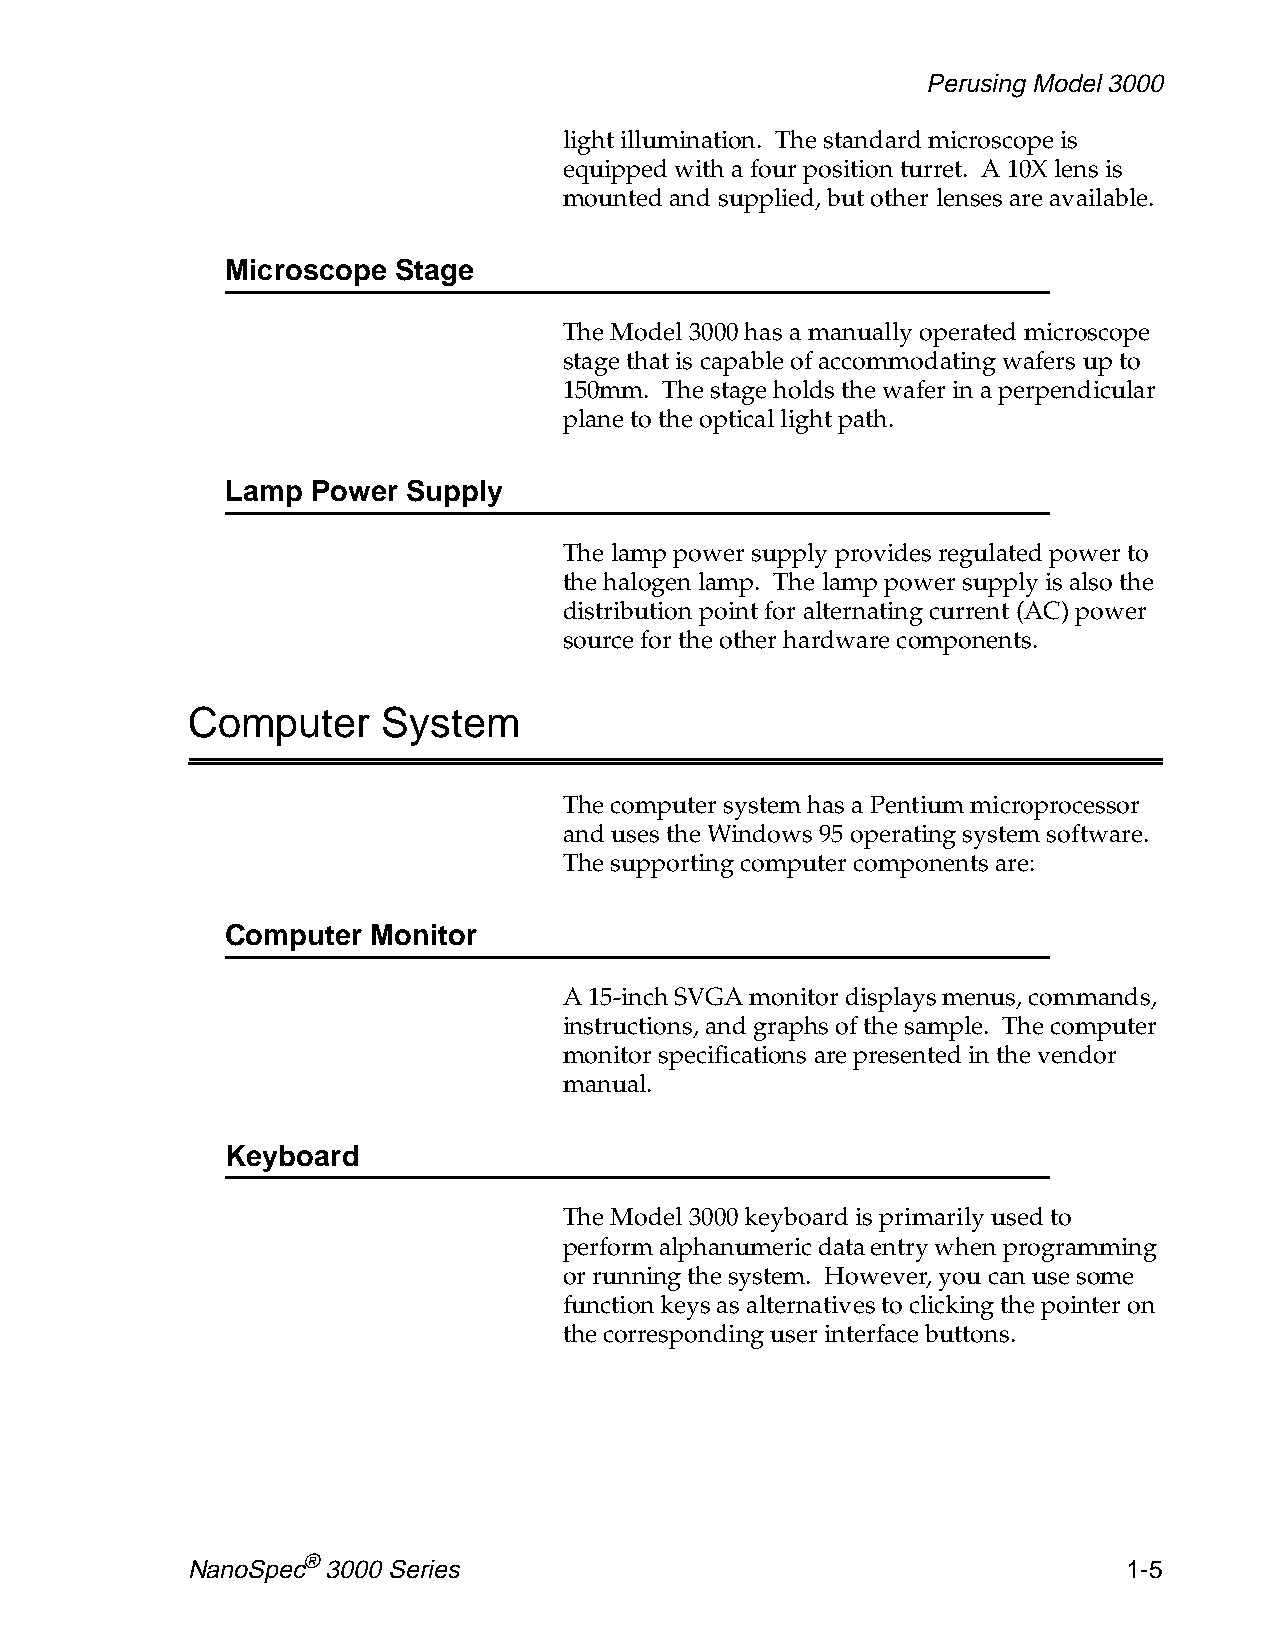
Perusing Model 3000
 light illumination. The standard microscope is
 equipped with a four position turret. A 10X lens is
 mounted and supplied, but other lenses are available.
 Microscope Stage
 The Model 3000 has a manually operated microscope
 stage that is capable of accommodating wafers up to
 150mm. The stage holds the wafer in a perpendicular
 plane to the optical light path.
 Lamp  Power Supply
 The lamp power supply provides regulated power to
 the halogen lamp. The lamp power supply is also the
 distribution point for alternating current (AC) power
 source for the other hardware components.
 Computer     System
 The computer system has a Pentium microprocessor
 and uses the Windows 95 operating system software.
 The supporting computer components are:
 Computer  Monitor
 A 15-inch SVGA monitor displays menus, commands,
 instructions, and graphs of the sample. The computer
 monitor specifications are presented in the vendor
 manual.
 Keyboard
 The Model 3000 keyboard is primarily used to
 perform alphanumeric data entry when programming
 or running the system. However, you can use some
 function keys as alternatives to clicking the pointer on
 the corresponding user interface buttons.
 NanoSpec® 3000 Series                                          1-5